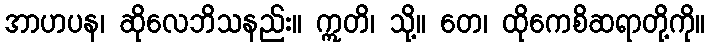
အာဟပန၊ ဆိုလေဘိသနည်း။ ဣတိ၊ သို့။ တေ၊ ထိုကေစိဆရာတို့ကို။